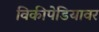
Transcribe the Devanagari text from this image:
विकीपेडियावर